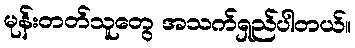
မုန်းတတ်သူတွေ အသက်ရှည်ပါတယ်။